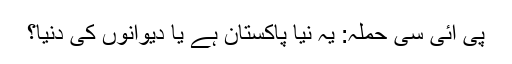
پی آئی سی حملہ: یہ نیا پاکستان ہے یا دیوانوں کی دنیا؟